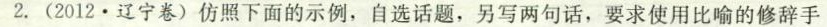
2.(2012.辽宁卷)仿照下面的示例，自选话题，另写两句话，要求使用比喻的修辞手